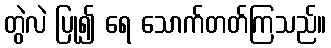
တွဲလဲ ပြု၍ ရေ သောက်တတ်ကြသည်။